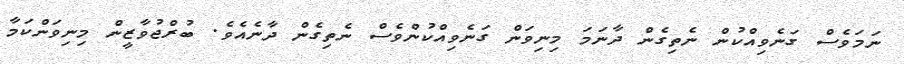
ނަމަވެސް ގަނެވިއްކުން ނެތިގެން ދާނަމަ މިނިވަން ގަނެވިއްކުންވެސް ނެތިގެން ދާނެއެވެ. ބުރްޖުވާޒީން މިނިވަންކަމާ